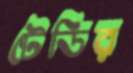
টেডির